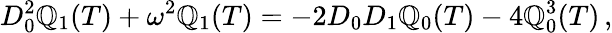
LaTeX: D_{0}^{2}\mathbb{Q}_{1}(T)+\omega^{2}\mathbb{Q}_{1}(T)=-2D_{0}D_{1}\mathbb{Q}_{0}(T)-4\mathbb{Q}_{0}^{3}(T)\, ,